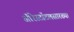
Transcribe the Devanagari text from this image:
ॲरिस्टॉटलसारख्या